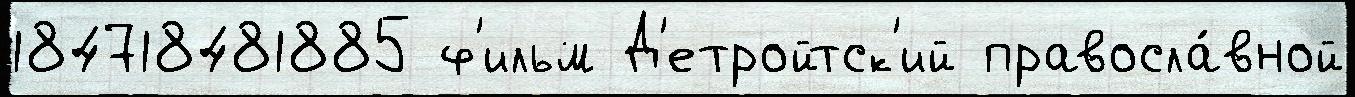
184718481885 ф'ильм Д'етройтск'ий правосла́вной